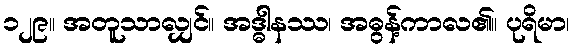
၁၂၉။ အတူသာလျှင်။ အဒ္ဓါနဿ၊ အဓွန့်ကာလ၏။ ပုရိမာ၊